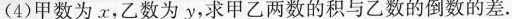
(4)甲数为x，乙数为y，求甲乙两数的积与乙数的倒数的差。